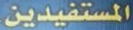
المستفيدين